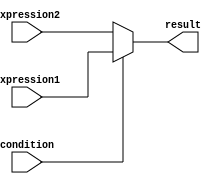
module if_else_with_ternary_operator (
    input wire condition,
    input wire [7:0] expression1,
    input wire [7:0] expression2,
    output reg [7:0] result
);

always @ (*)
begin
    result = (condition) ? expression1 : expression2;
end

endmodule